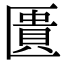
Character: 匱